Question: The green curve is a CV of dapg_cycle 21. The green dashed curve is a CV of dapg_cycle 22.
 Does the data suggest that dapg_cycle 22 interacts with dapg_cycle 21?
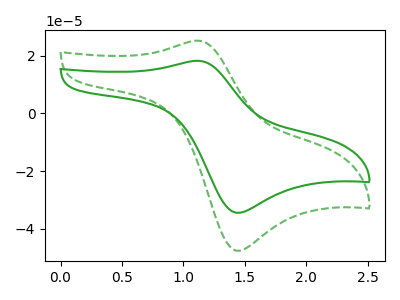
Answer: <think>The green curve "dapg_cycle 21" has an anodic peak at (1.10V, 18.30uA) and a cathodic peak at (1.45V, -34.50uA). The green dashed curve "dapg_cycle 22" has an anodic peak at (1.10V, 25.25uA) and a cathodic peak at (1.45V, -47.65uA).
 All the peaks in "dapg_cycle 22" have a peak in "dapg_cycle 21" at the same potential. Every peak in "dapg_cycle 22" is higher than every peak in "dapg_cycle 21".</think>
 <answer>No, "dapg_cycle 22" and "dapg_cycle 21" don't appear to be significantly different in shape</answer>
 <eval>no_change</eval>